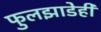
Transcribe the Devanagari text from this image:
फुलझाडेही